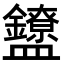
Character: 𬑃